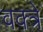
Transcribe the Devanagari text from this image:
वक्त्रे